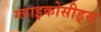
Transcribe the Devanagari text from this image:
ग्लाइकोसीड्स